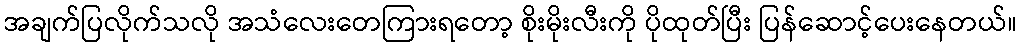
အချက်ပြလိုက်သလို အသံလေးတေကြားရတော့ စိုးမိုးလီးကို ပိုထုတ်ပြီး ပြန်ဆောင့်ပေးနေတယ်။